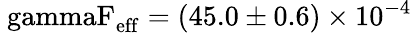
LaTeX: \mathrm{\ gammaF_{\mathrm{eff}}=(45.0\pm 0.6)\times 10^{-4}}